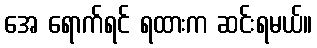
အေ ရောက်ရင် ရထားက ဆင်းရမယ်။